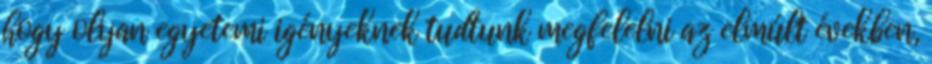
hogy olyan egyetemi igényeknek tudtunk megfelelni az elmúlt években,